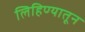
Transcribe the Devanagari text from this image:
लिहिण्यातून